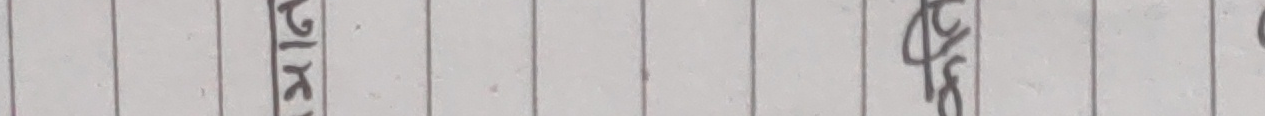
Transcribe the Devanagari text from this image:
राइटर